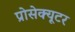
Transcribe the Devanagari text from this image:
प्रोसेक्यूटर